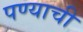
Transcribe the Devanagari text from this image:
पण्याची